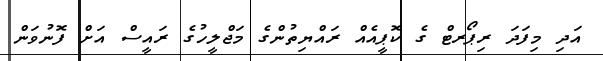
އަދި މިފަަދަ ރިޕޯރޓް ގެ ކޮޕީއެއް ރައްޔިތުންގެ މަޖްލީހުގެ ރައީސް އަށް ފޮނުވަން